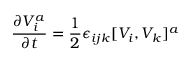
{ \frac { \partial V _ { i } ^ { a } } { \partial t } } = { \frac { 1 } { 2 } } \epsilon _ { i j k } [ V _ { i } , V _ { k } ] ^ { a }